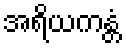
အရိယကန္တံ